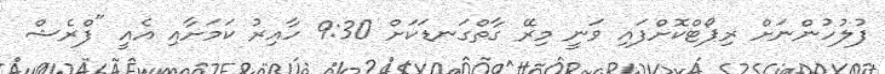
ފުލުހުންނަށް ރިޕޯޓްކޮށްފައި ވަނީ މިރޭ ގާތްގަނޑަކަށް 9:30 ހާއިރު ކަމަށާއި އެއީ "ފްރެޝް